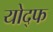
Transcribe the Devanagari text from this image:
योद्फ